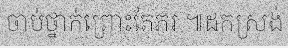
ចាប់ថ្នាក់ព្រោះតែភរ ៕ដកស្រង់